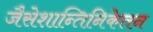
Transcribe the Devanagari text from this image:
जैसेशान्तिनिकेतन